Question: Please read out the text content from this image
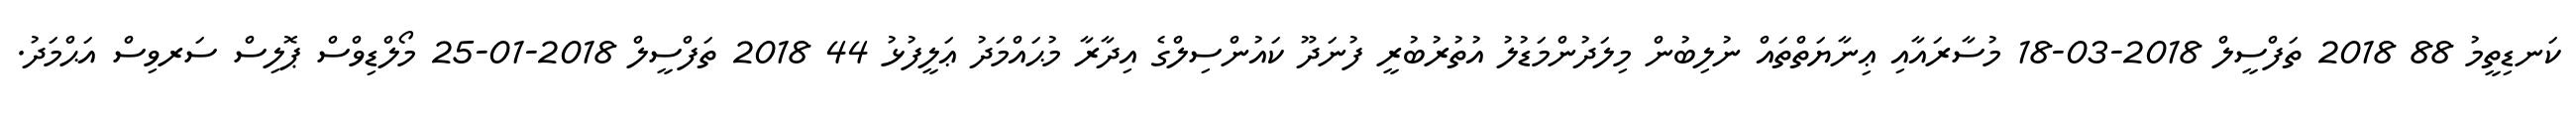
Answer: ކަނޑިތީމު 88 2018 ތަފްސީލް 2018-03-18 މުސާރައާއި ޢިނާޔަތްތައް ނުލިބުން މިލަދުންމަޑުލު އުތުރުބުރީ ފުނަދޫ ކައުންސިލްގެ އިދާރާ މުޙައްމަދު ޢަލީފުޅު 44 2018 ތަފްސީލް 2018-01-25 މޯލްޑިވްސް ޕޮލިސް ސަރވިސް އަޙްމަދު.